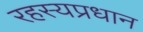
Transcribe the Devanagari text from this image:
रहस्यप्रधान